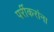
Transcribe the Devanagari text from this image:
पर्रीकरांना